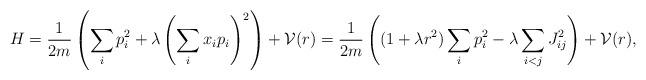
LaTeX: \begin{align*} H = \frac{1}{2m}\left(\sum_i p_i^2 + \lambda \left(\sum_i x_i p_i\right)^2\right) + {\cal V}(r) = \frac{1}{2m}\left((1+\lambda r^2) \sum_i p_i^2 - \lambda \sum_{i<j} J_{ij}^2\right) + {\cal V}(r), \end{align*}